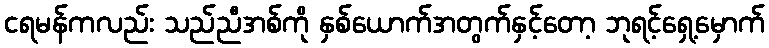
ငရမန်ကလည်း သည်ညီအစ်ကို နှစ်ယောက်အတွက်နှင့်တော့ ဘုရင့်ရှေ့မှောက်